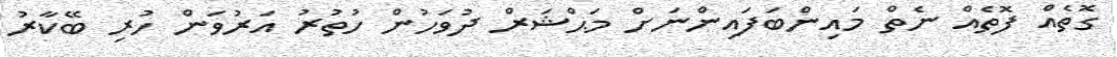
ގޮތެއް ފޮތެއް ނެތް މައިންބަފައިންނަށް މަޙްޝަރް ދުވަހުން ހުތުރު އަރުވަން ހުރި ބޭކާރު